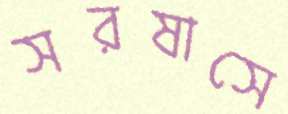
সরষাসে